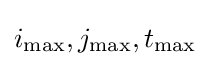
i_{\max },j_{\max },t_{\max }